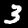
Digit: 3